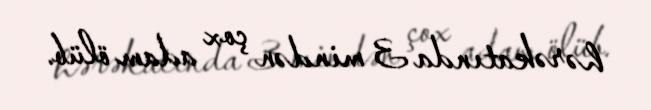
hərəkatında 3 mindən çox adam ölüb.